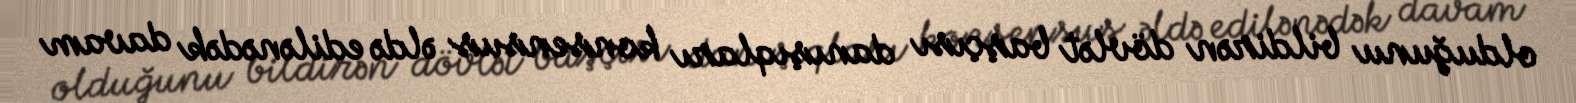
olduğunu bildirən dövlət başçısı danışıqları konsensus əldə edilənədək davam